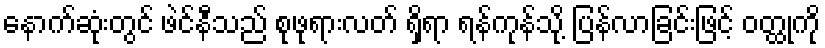
နောက်ဆုံးတွင် ဖဲင်နီသည် စုဖုရားလတ် ရှိရာ ရန်ကုန်သို့ ပြန်လာခြင်းဖြင့် ဝတ္ထုကို